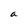
Character: a